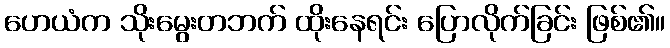
ဟေယံက သိုးမွေးတဘက် ထိုးနေရင်း ပြောလိုက်ခြင်း ဖြစ်၏။